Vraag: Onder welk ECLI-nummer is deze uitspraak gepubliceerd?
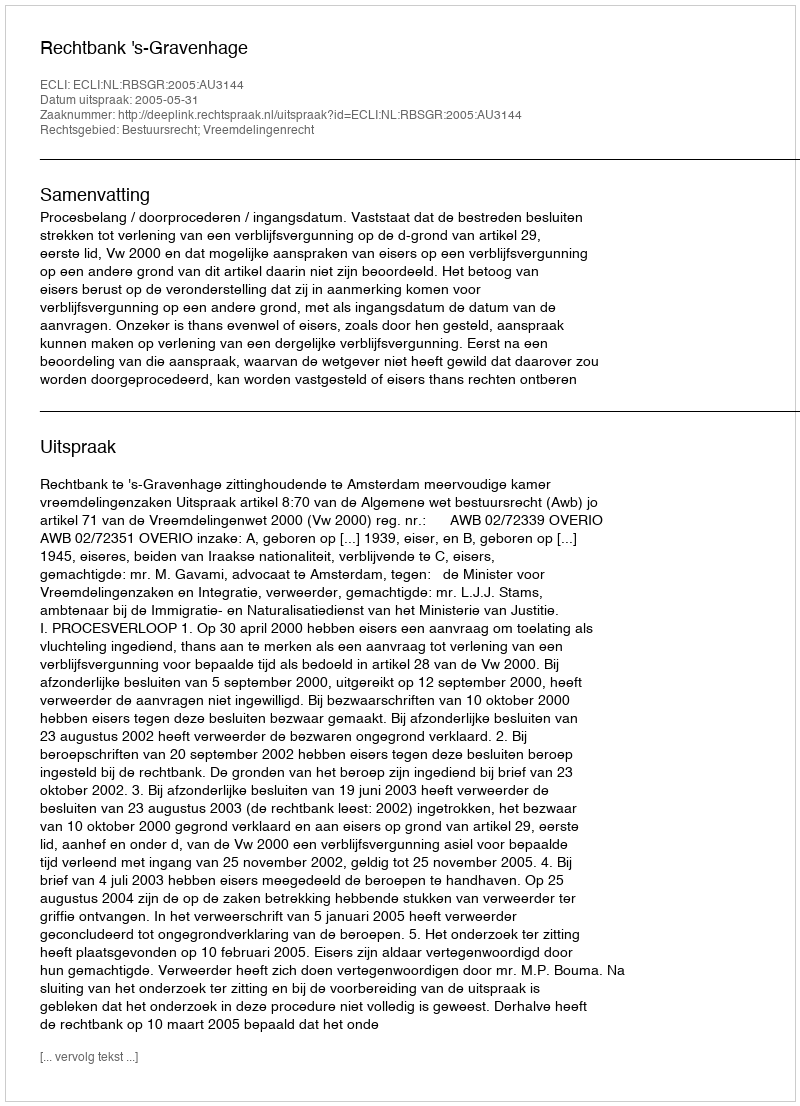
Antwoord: ECLI:NL:RBSGR:2005:AU3144